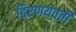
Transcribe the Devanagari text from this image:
हिरणयवती